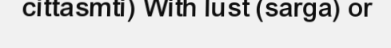
cittasmti) With lust (sarga) or